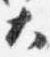
大